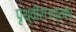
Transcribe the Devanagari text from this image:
पृथ्वीराजप्रबंध